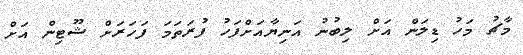
މާޗު މަހު ޑިލަން އަށް ލިބުނު އަނިޔާއަށްފަހު ފުރަތަމަ ފަހަރަށް ޝޫޓިން އަށް